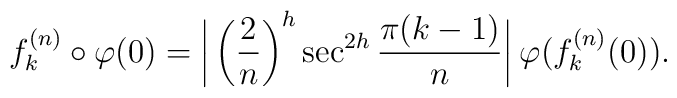
f_k^{(n)}\circ\varphi(0)=\bigg|\left(\frac{2}{n}\right)^h\sec^{2h}\frac{\pi (k-1)}{n}\bigg| \> \varphi(f_k^{(n)}(0)).